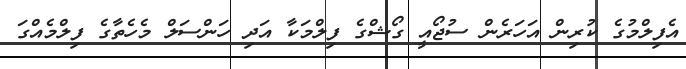
އެފިލްމުގެ ކުރިން އަހަރެން ސުޖޯއީ ގޯޝްގެ ފިލްމަކާ އަދި ހަންސަލް މެހެތާގެ ފިލްމެއްގަ